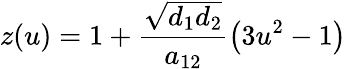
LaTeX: z(u)=1+\frac{\sqrt{d_{1}d_{2}}}{a_{12}}\left(3u^{2}-1\right)